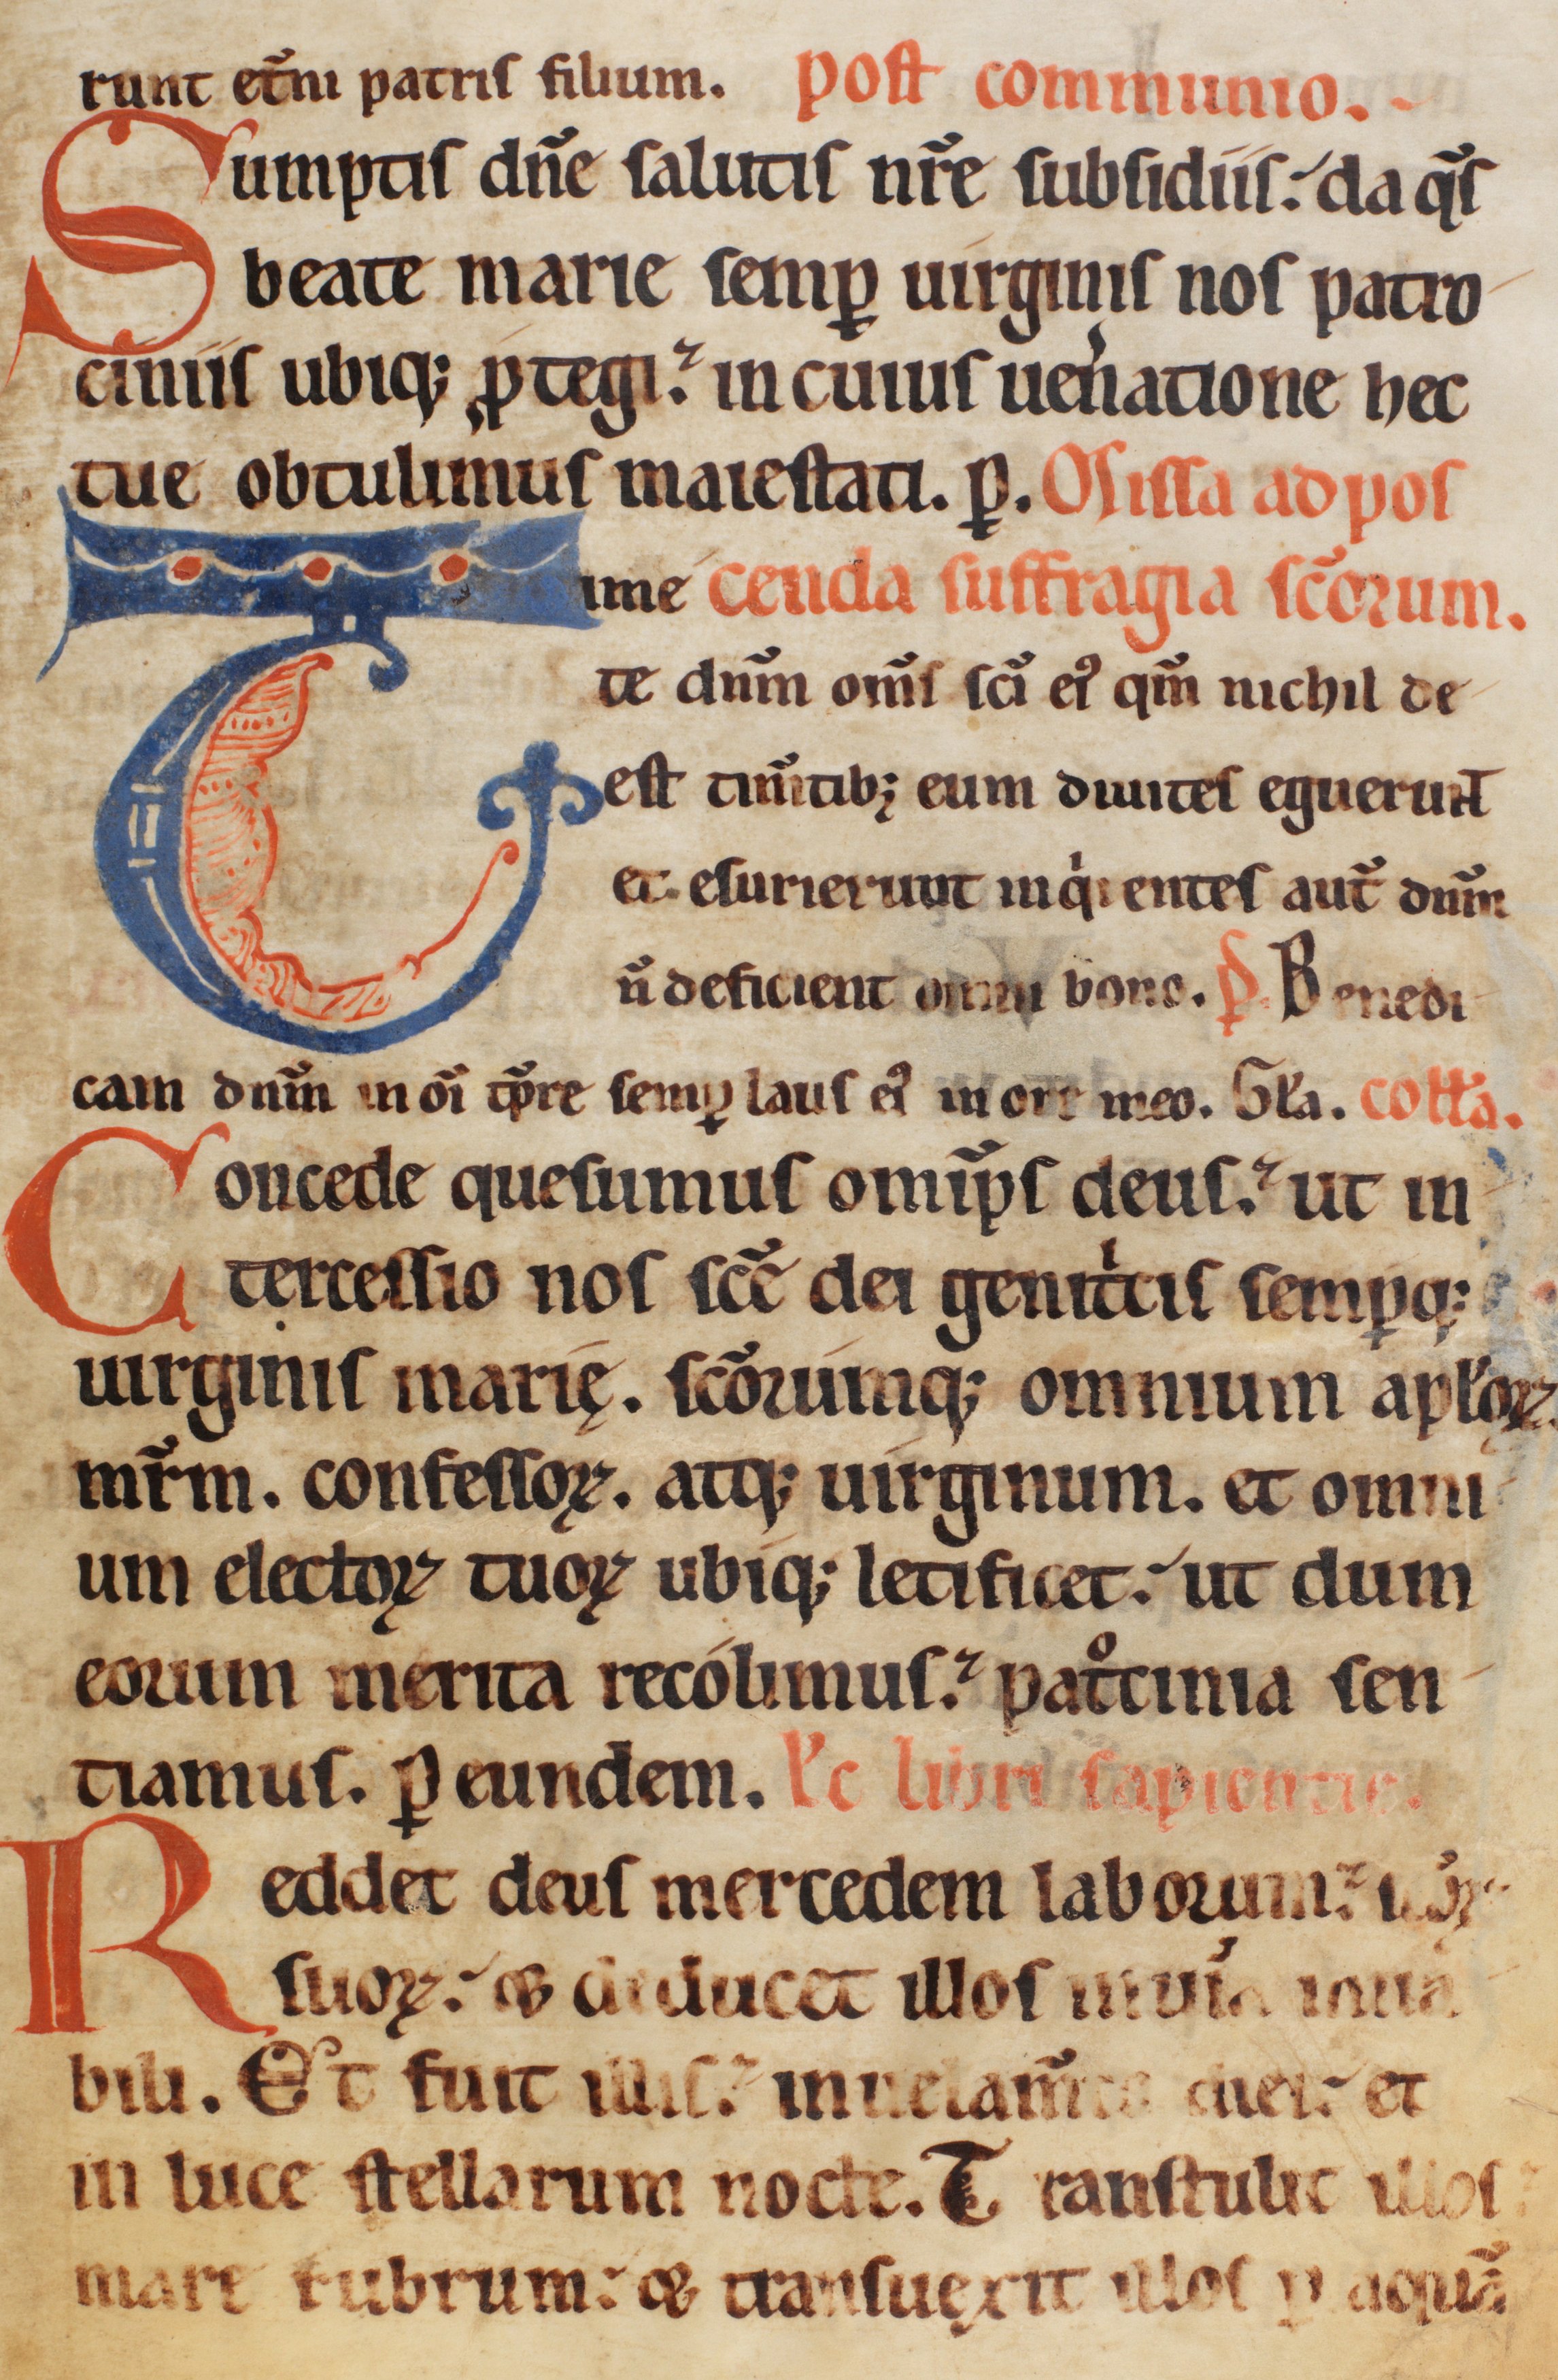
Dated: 1185–1215